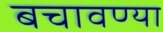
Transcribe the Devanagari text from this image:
बचावण्या